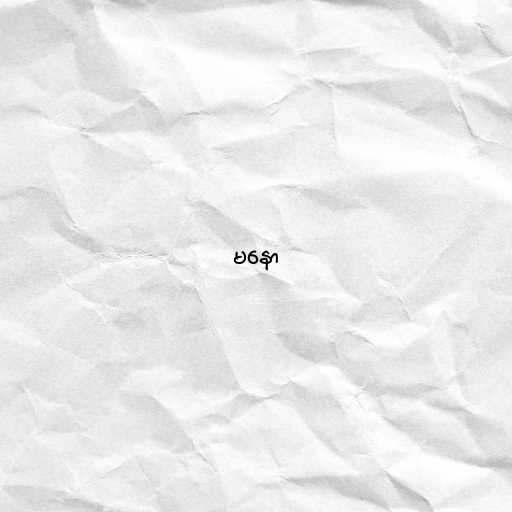
မနော